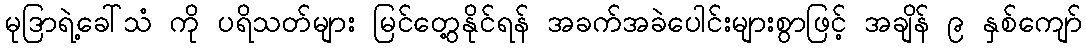
မုဒြာရဲ့ခေါ်သံ ကို ပရိသတ်များ မြင်တွေ့နိုင်ရန် အခက်အခဲပေါင်းများစွာဖြင့် အချိန် ၉ နှစ်ကျော်